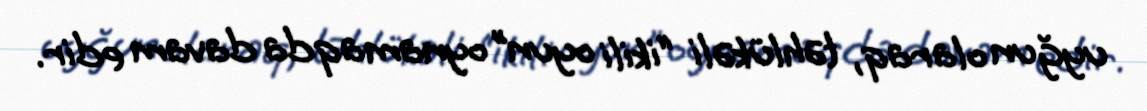
uyğun olaraq, təhlükəli “ikili oyun” oynamaqda davam edir.